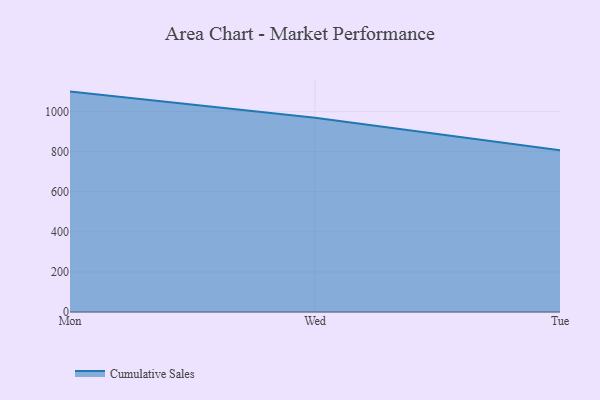
{"axis": {"x": "Day", "y": "Production Output"}, "legend": ["Cumulative Sales"], "data": [{"x": "Mon", "y": 1100.2, "type": "Cumulative Sales"}, {"x": "Wed", "y": 969.4, "type": "Cumulative Sales"}, {"x": "Tue", "y": 808.0, "type": "Cumulative Sales"}]}